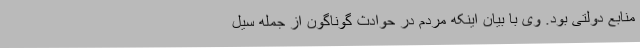
منابع دولتی بود. وی با بیان اینکه مردم در حوادث گوناگون از جمله سیل